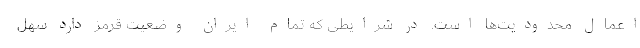
اعمال محدودیت‌ها است. در شرایطی که تمام ایران وضعیت قرمز دارد سهل